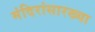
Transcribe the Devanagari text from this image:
मंदिरांसारख्या